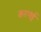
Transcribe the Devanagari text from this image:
करगई